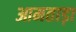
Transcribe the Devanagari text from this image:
आमताड़ा